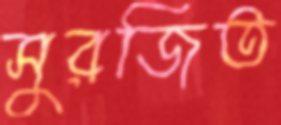
সুরজিত